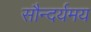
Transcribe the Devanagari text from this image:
सौन्दर्यमय